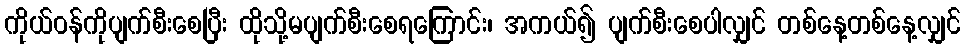
ကိုယ်ဝန်ကိုပျက်စီးစေပြီး ထိုသို့မပျက်စီးစေရကြောင်း၊ အကယ်၍ ပျက်စီးစေပါလျှင် တစ်နေ့တစ်နေ့လျှင်